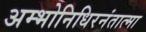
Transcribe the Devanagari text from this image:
अम्भोनिधिरनंतात्मा